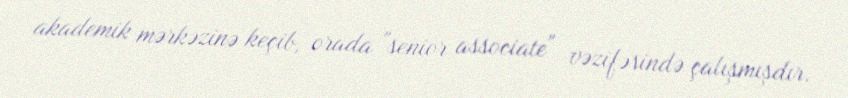
akademik mərkəzinə keçib, orada "senior associate" vəzifəsində çalışmışdır.